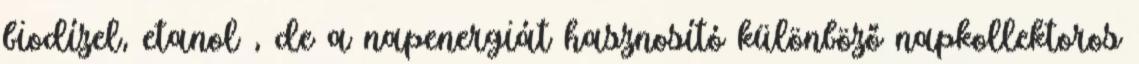
biodízel, etanol , de a napenergiát hasznosító különböző napkollektoros